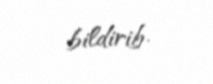
bildirib.